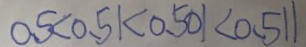
0 . 5 < 0 . 5 1 < 0 . 5 0 1 < 0 . 5 1 1